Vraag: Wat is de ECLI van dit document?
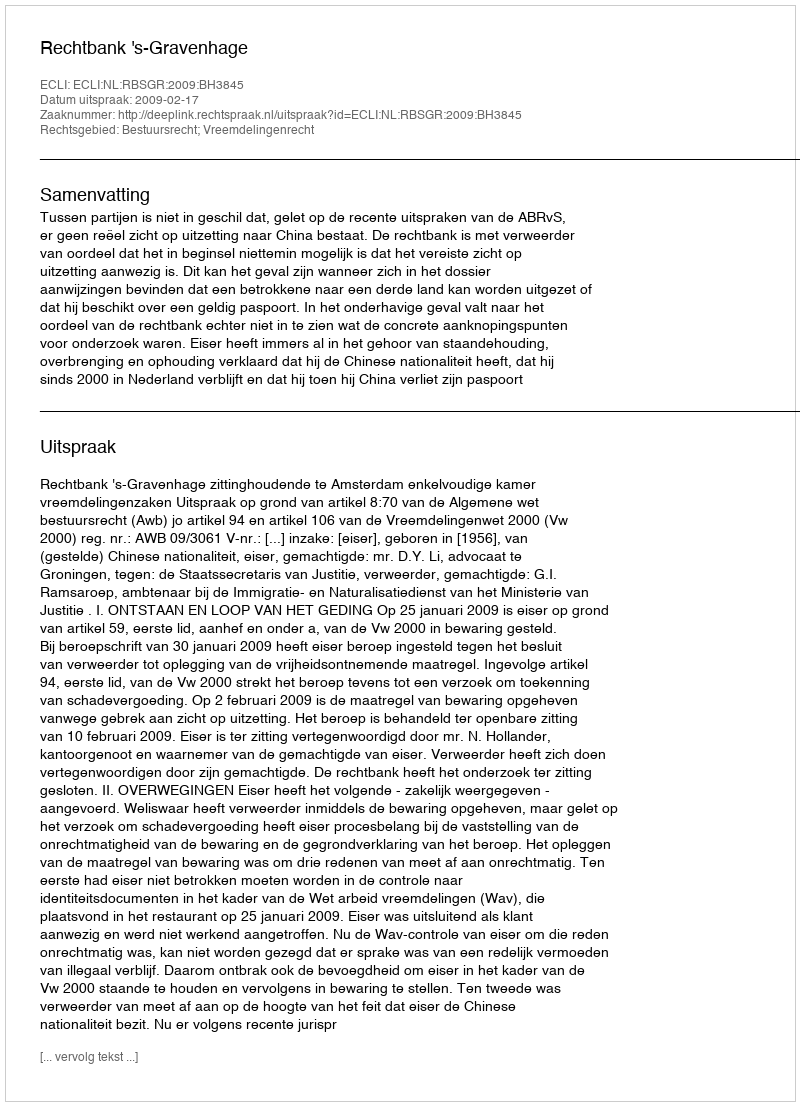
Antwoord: ECLI:NL:RBSGR:2009:BH3845